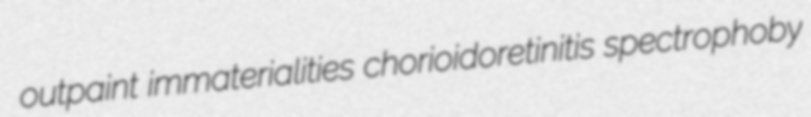
outpaint immaterialities chorioidoretinitis spectrophoby